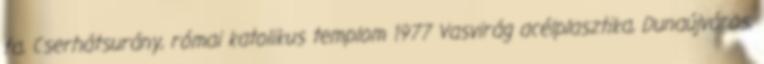
fa, Cserhátsurány, római katolikus templom 1977 Vasvirág acélplasztika, Dunaújváros,